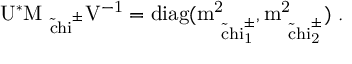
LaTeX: \mathrm { U ^ { * } \cal { M } _ { \mathrm { \tilde { \ c h i } ^ { \pm } } } \mathrm { V ^ { - 1 } = d i a g ( m _ { \tilde { \ c h i } _ { 1 } ^ { \pm } } ^ { 2 } , m _ { \tilde { \ c h i } _ { 2 } ^ { \pm } } ^ { 2 } ) \ . } }